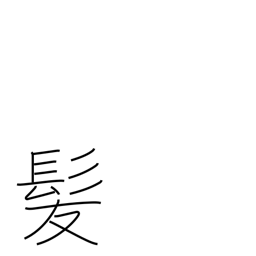
Meaning: hair of the head